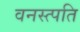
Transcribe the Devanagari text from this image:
वनस्त्पति